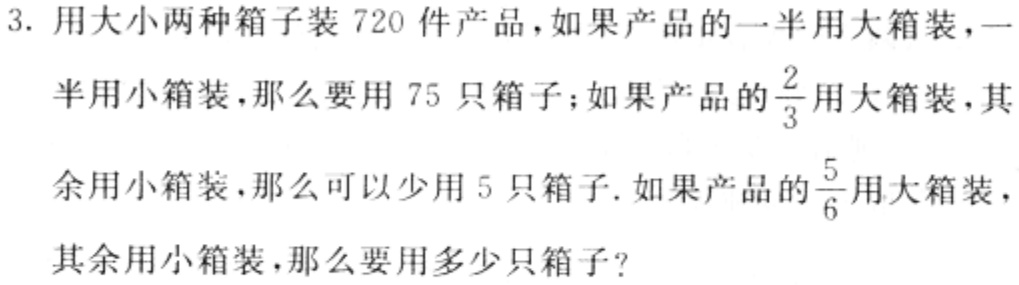
3. 用大小两种箱子装$720$件产品，如果产品的一半用大箱装，一半用小箱装，那么要用$75$只箱子；如果产品的$\frac{2}{3}$用大箱装，其余用小箱装，那么可以少用$5$只箱子. 如果产品的$\frac{5}{6}$用大箱装，其余用小箱装，那么要用多少只箱子？